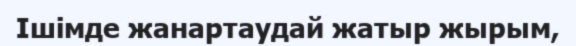
Ішімде жанартаудай жатыр жырым,